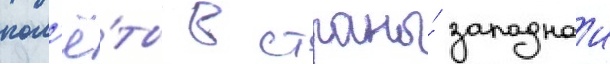
пол'ё́ты в страны́ западнои